Indian journal of veterinary science and animal husbandry - Volumes 24-25, 1954-1955
Year: 1954
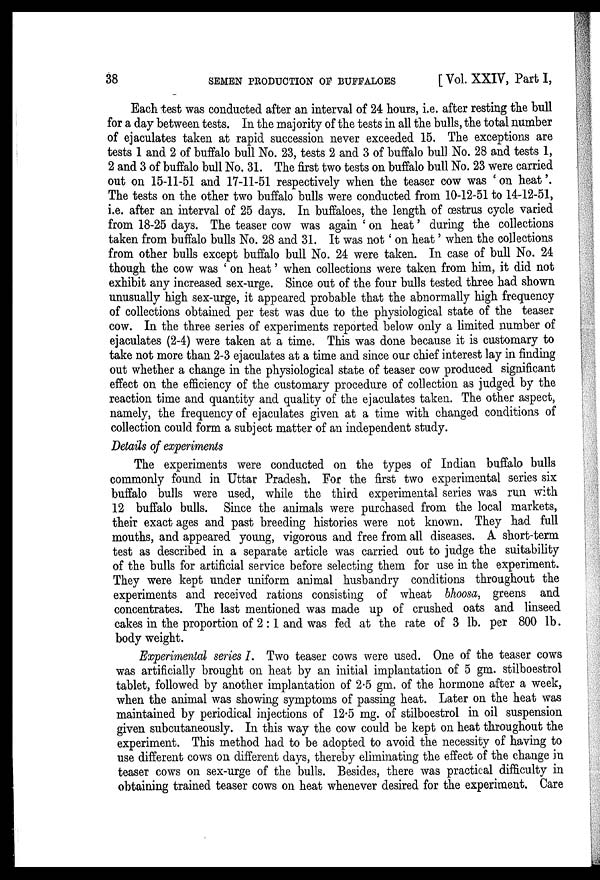
38 SEMEN PRODUCTION OF BUFFALOES [Vol. XXIV, Part I,
Each test was conducted after an interval of 24 hours, i.e. after resting the bull
for a day between tests. In the majority of the tests in all the bulls, the total number
of ejaculates taken at rapid succession never exceeded 15. The exceptions are
tests 1 and 2 of buffalo bull No. 23, tests 2 and 3 of buffalo bull No. 28 and tests 1,
2 and 3 of buffalo bull No. 31. The first two tests on buffalo bull No. 23 were carried
out on 15-11-51 and 17-11-51 respectively when the teaser cow was 'on heat'.
The tests on the other two buffalo bulls were conducted from 10-12-51 to 14-12-51,
i.e. after an interval of 25 days. In buffaloes, the length of œstrus cycle varied
from 18-25 days. The teaser cow was again 'on heat' during the collections
taken from buffalo bulls No. 28 and 31. It was not 'on heat' when the collections
from other bulls except buffalo bull No. 24 were taken. In case of bull No. 24
though the cow was 'on heat' when collections were taken from him, it did not
exhibit any increased sex-urge. Since out of the four bulls tested three had shown
unusually high sex-urge, it appeared probable that the abnormally high frequency
of collections obtained per test was due to the physiological state of the teaser
cow. In the three series of experiments reported below only a limited number of
ejaculates (2-4) were taken at a time. This was done because it is customary to
take not more than 2-3 ejaculates at a time and since our chief interest lay in finding
out whether a change in the physiological state of teaser cow produced significant
effect on the efficiency of the customary procedure of collection as judged by the
reaction time and quantity and quality of the ejaculates taken. The other aspect,
namely, the frequency of ejaculates given at a time with changed conditions of
collection could form a subject matter of an independent study.
Details of experiments
The experiments were conducted on the types of Indian buffalo bulls
commonly found in Uttar Pradesh. For the first two experimental series six
buffalo bulls were used, while the third experimental series was run with
12 buffalo bulls. Since the animals were purchased from the local markets,
their exact ages and past breeding histories were not known. They had full
mouths, and appeared young, vigorous and free from all diseases. A short-term
test as described in a separate article was carried out to judge the suitability
of the bulls for artificial service before selecting them for use in the experiment.
They were kept under uniform animal husbandry conditions throughout the
experiments and received rations consisting of wheat bhoosa, greens and
concentrates. The last mentioned was made up of crushed oats and linseed
cakes in the proportion of 2:1 and was fed at the rate of 3 lb. per 800 lb.
body weight.
Experimental series I. Two teaser cows were used. One of the teaser cows
was artificially brought on heat by an initial implantation of 5 gm. stilboestrol
tablet, followed by another implantation of 2.5 gm. of the hormone after a week,
when the animal was showing symptoms of passing heat. Later on the heat was
maintained by periodical injections of 12.5 mg. of stilboestrol in oil suspension
given subcutaneously. In this way the cow could be kept on heat throughout the
experiment. This method had to be adopted to avoid the necessity of having to
use different cows on different days, thereby eliminating the effect of the change in
teaser cows on sex-urge of the bulls. Besides, there was practical difficulty in
obtaining trained teaser cows on heat whenever desired for the experiment. Care